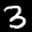
Label: 3